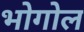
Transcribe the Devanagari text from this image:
भोगोल